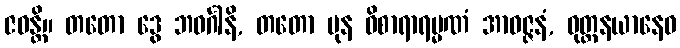
ဇဝန္တိ။ တတော ဒွေ ဘဝင်္ဂါနိ, တတော ပုန ဝိစာရာရမ္မဏံ အာဝဇ္ဇနံ, ဝုတ္တနယာနေဝ